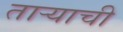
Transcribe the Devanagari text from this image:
ताऱ्‍याची